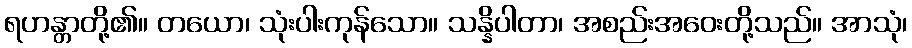
ရဟန္တာတို့၏။ တယော၊ သုံးပါးကုန်သော။ သန္နိပါတာ၊ အစည်းအဝေးတို့သည်။ အာသုံ၊